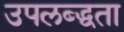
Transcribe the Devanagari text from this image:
उपलब्द्धता